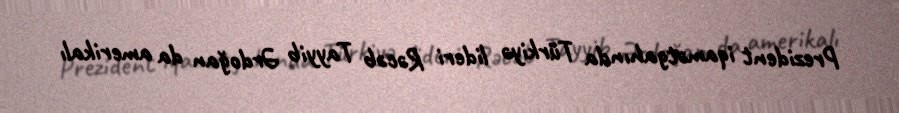
Prezident iqamətgahında Türkiyə lideri Rəcəb Tayyib Ərdoğan da amerikalı